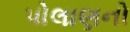
પોલાણનો